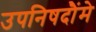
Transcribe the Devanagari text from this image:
उपनिषदौंमे